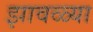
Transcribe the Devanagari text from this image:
झावळ्या